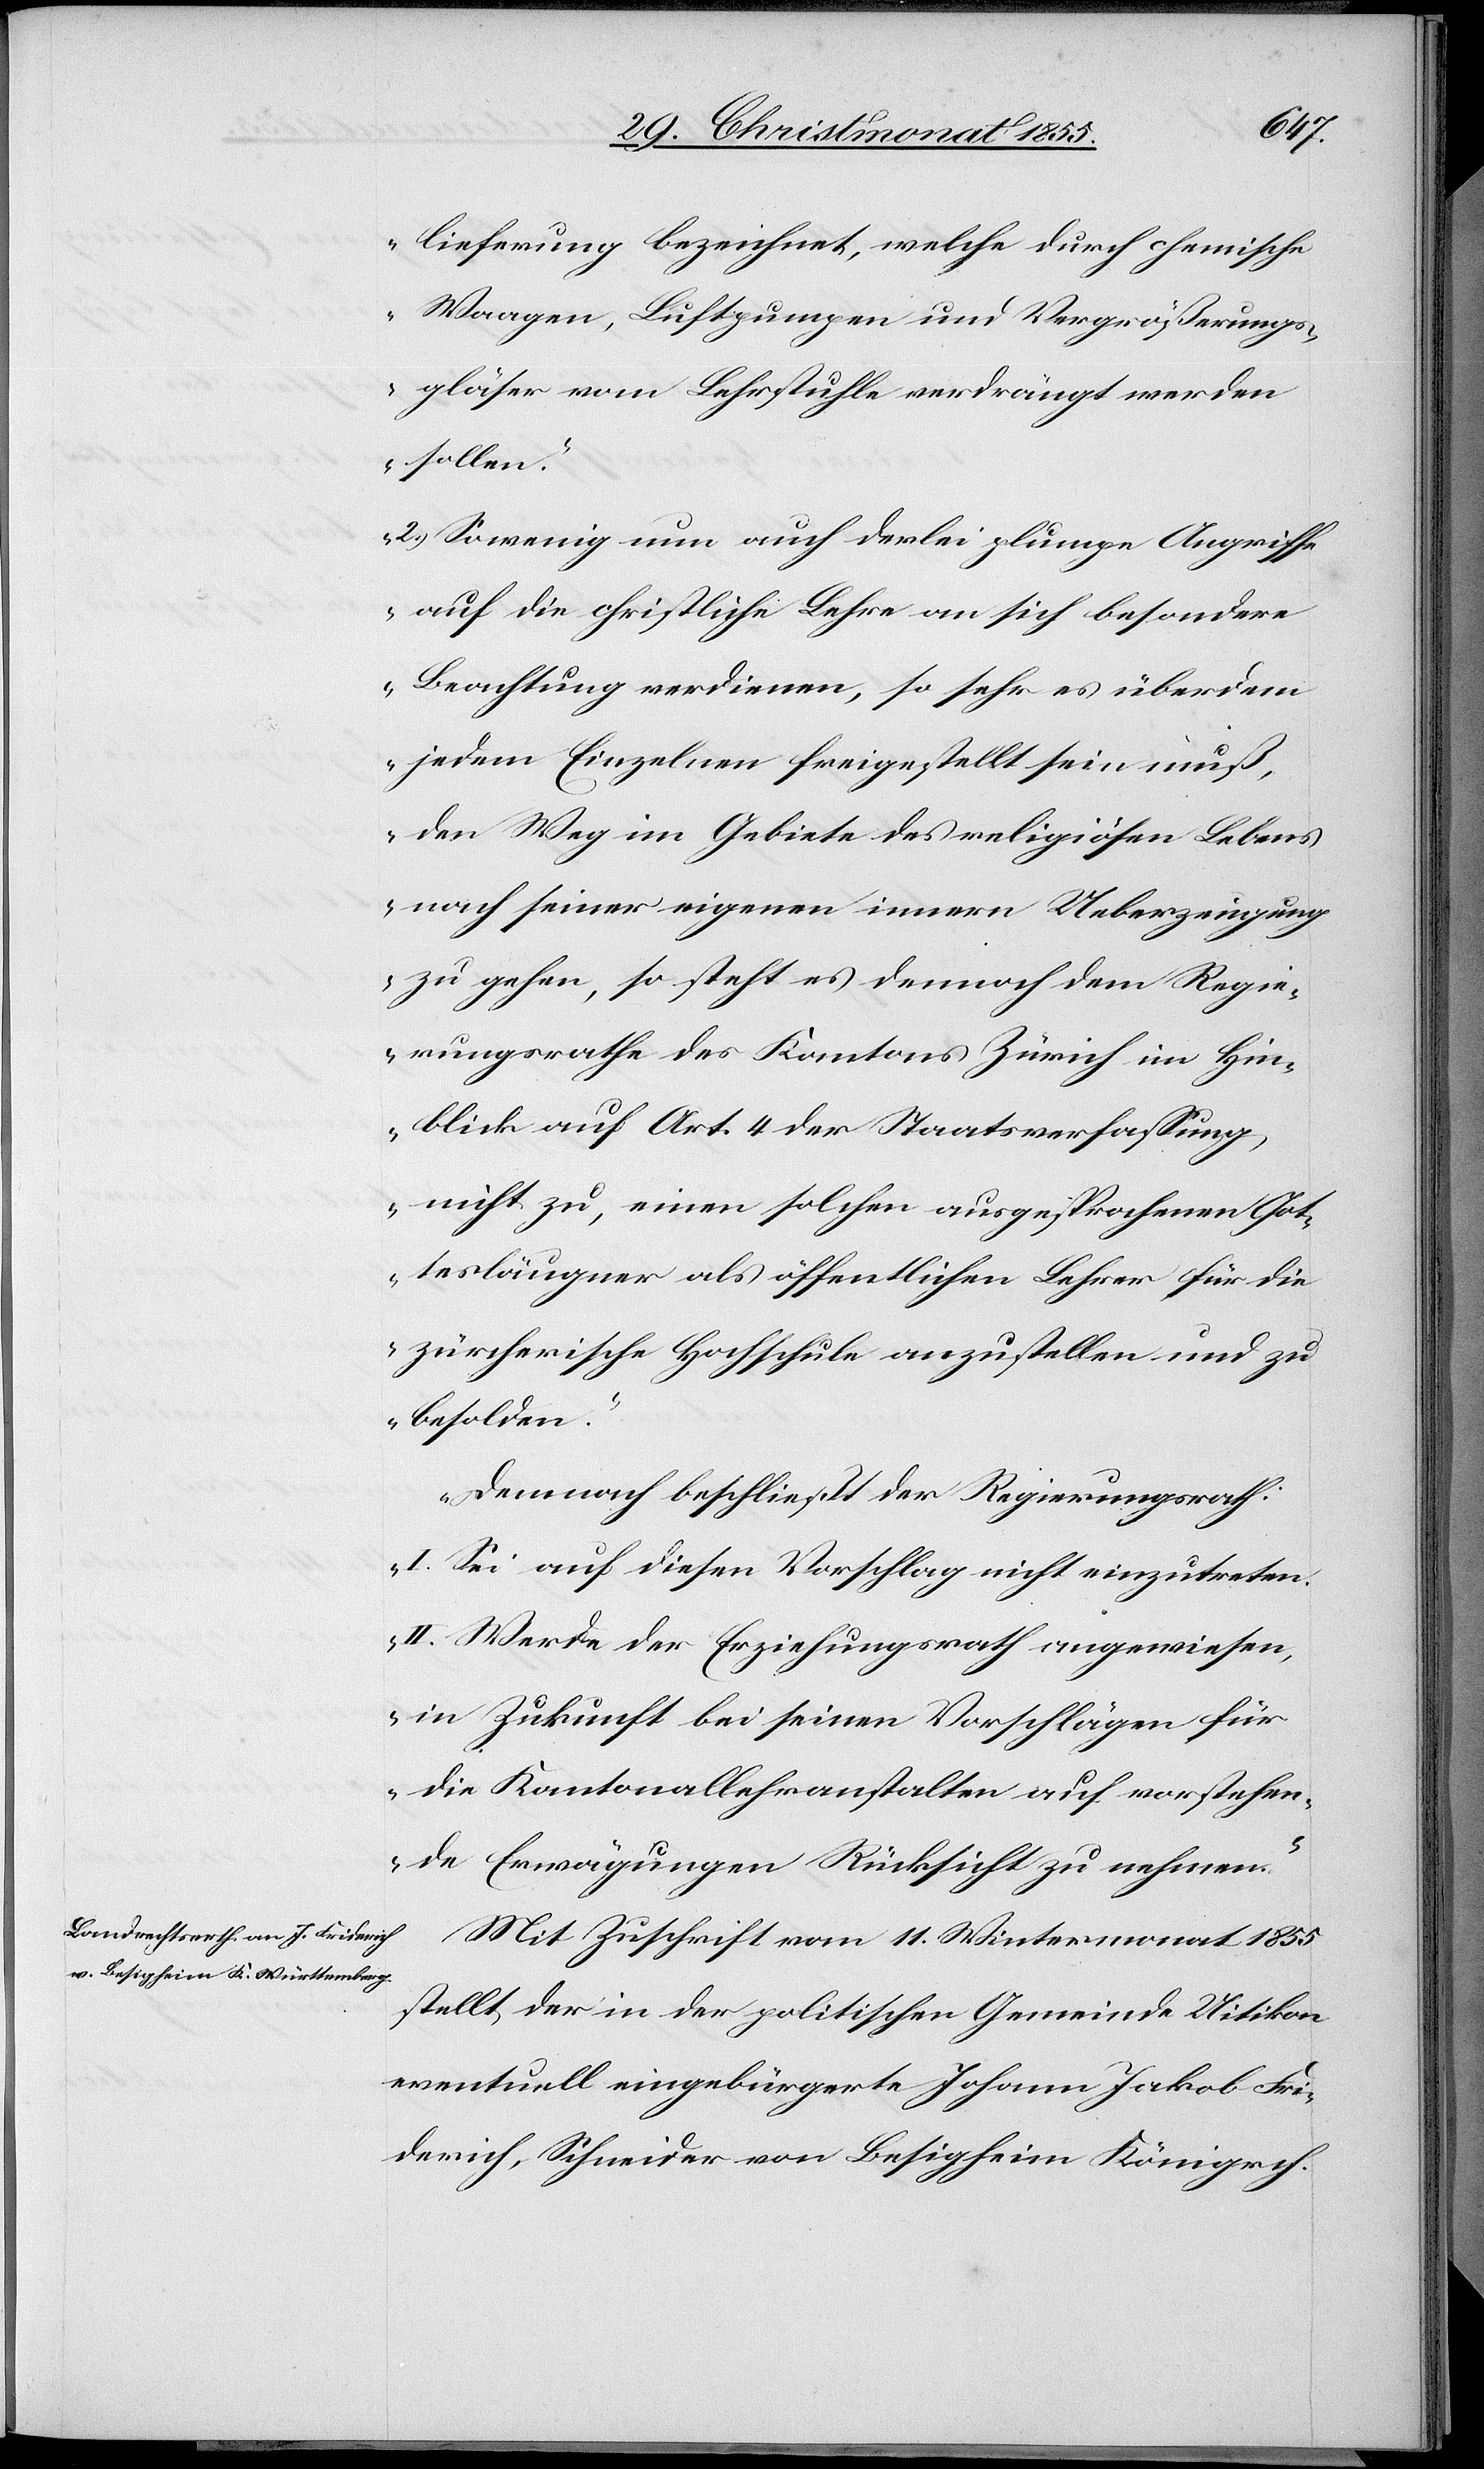
lieferung bezeichnet, welche durch chemische
Waagen, Luftpumpen und Vergrößerungs¬
gläser vom Lehrstuhle verdrängt werden
sollen.
2.) So wenig nun auch derlei plumpe Angriffe
auf die christliche Lehre an sich besondere
Beachtung verdienen, so sehr es überdem
jedem Einzelnen freigestellt sein muß,
den Weg im Gebiete des religiösen Lebens
nach seiner eigenen innern Ueberzeugung
zu gehen, so steht es dennoch dem Regie¬
rungsrathe des Kantons Zürich im Hin¬
blick auf Art. 4 der Staatsverfassung
nicht zu, einen solchen ausgesprochenen Got¬
tesläugner als öffentlichen Lehrer für die
zürcherische Hochschule anzustellen und zu
besolden.
Demnach beschließt der Regierungsrath:
I. Sei auf diesen Vorschlag nicht einzutreten.
II. Werde der Erziehungsrath angewiesen,
in Zukunft bei seinen Vorschlägen für
die Kantonallehranstalten auf vorstehen¬
de Erwägungen Rücksicht zu nehmen.“
Mit Zuschrift vom 11. Wintermonat 1855
stellt der in der politischen Gemeinde Uitikon
eventuell eingebürgerte Johann Jakob Fri¬
derich, Schneider von Besigheim Königrch.